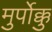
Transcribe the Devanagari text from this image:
मुर्पोक्कु